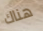
هناك